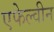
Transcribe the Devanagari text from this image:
एफेल्वीन